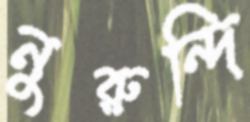
নুরুন্দি